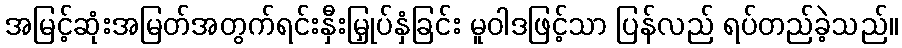
အမြင့်ဆုံးအမြတ်အတွက်ရင်းနှီးမြှုပ်နှံခြင်း မူဝါဒဖြင့်သာ ပြန်လည် ရပ်တည်ခဲ့သည်။